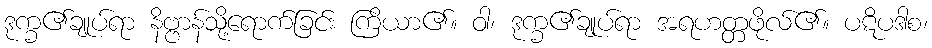
ဒုက္ခ၏ချုပ်ရာ နိဗ္ဗာန်သို့ရောက်ခြင်း ကြိယာ၏။ ဝါ၊ ဒုက္ခ၏ချုပ်ရာ အရဟတ္တဖိုလ်၏။ ပဋိပဒါစ၊